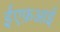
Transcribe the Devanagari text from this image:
ईएफ़आई